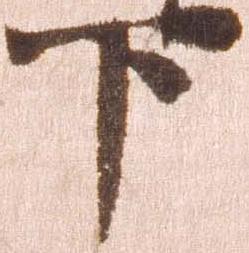
下